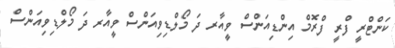
ކަންޓްރީ ފްރީ ފްރޮމް އިންޑިއަންސް ވީއާރ ދަ މޯލްޑިވިއަންސް ވީއާރ ދަ މޯލްޑިވިއަންސް